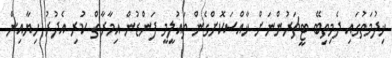
ޚިދުމަތުގައި ދެމިތިބޭ ޓީޗަރުންނަށް ޚާއްސަކޮށްގެން ތައުލީމީ ފަންޑުން އިމާރާތް ކުރި އެދުރު ހިޔާއިން